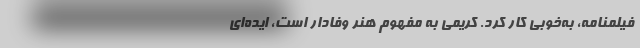
فیلمنامه، به‌خوبی کار کرد. کریمی به مفهوم هنر وفادار است، ایده‌ای